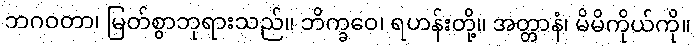
ဘဂဝတာ၊ မြတ်စွာဘုရားသည်။ ဘိက္ခဝေ၊ ရဟန်းတို့။ အတ္တာနံ၊ မိမိကိုယ်ကို။